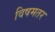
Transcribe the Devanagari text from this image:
विषमतर